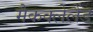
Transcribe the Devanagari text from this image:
मैकक्लेलैंड